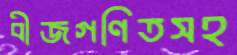
বীজগণিতসহ